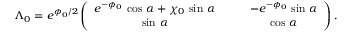
\Lambda _ { 0 } = e ^ { \phi _ { 0 } / 2 } \left( \begin{array} { c c } { { e ^ { - \phi _ { 0 } } \, \cos \, \alpha + \chi _ { 0 } \, \sin \, \alpha \qquad } } & { { - e ^ { - \phi _ { 0 } } \, \sin \, \alpha } } \\ { { \sin \, \alpha \qquad } } & { { \cos \, \alpha } } \end{array} \right) .